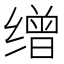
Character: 缯